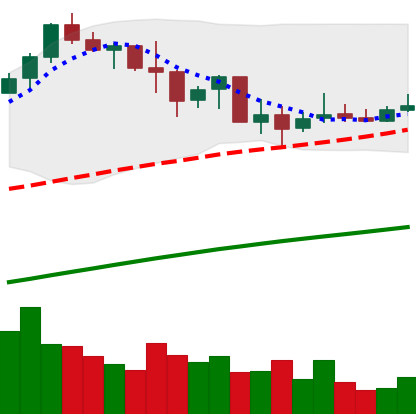
Ticker: BNB-USD
Chart end date: 2019-07-08
Forward return: -5.864%
Label: down_5_7